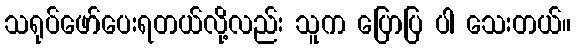
သရုပ်ဖော်ပေးရတယ်လို့လည်း သူက ပြောပြ ပါ သေးတယ်။